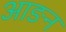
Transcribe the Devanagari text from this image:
आङन